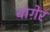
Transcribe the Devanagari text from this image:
बाग़ेर